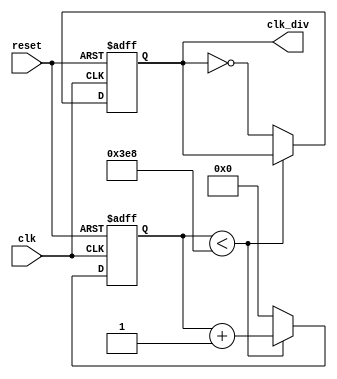
`timescale 1ns / 1ps
module Divider(
         clk,reset,clk_div
       );
input clk,reset;
output clk_div;
reg [31:0]cnt;
reg clk_div;
always @(posedge clk or posedge reset)
  begin
    if(reset)
      begin
        cnt <= 32'd0;
        clk_div <= 1'b0;
      end
    else if(cnt < 32'd1000)
      begin
        cnt <= cnt + 1'b1;
        clk_div <= clk_div;
      end
    else
      begin
        cnt <= 0;
        clk_div <= ~clk_div;
      end
  end
endmodule